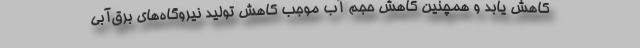
کاهش یابد و همچنین کاهش حجم آب موجب کاهش تولید نیروگاه‌های برق‌آبی